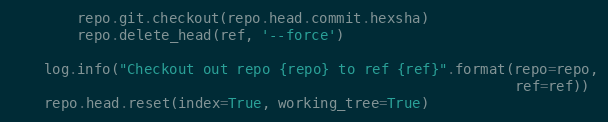
Language: Python
        repo.git.checkout(repo.head.commit.hexsha)
        repo.delete_head(ref, '--force')

    log.info("Checkout out repo {repo} to ref {ref}".format(repo=repo,
                                                            ref=ref))
    repo.head.reset(index=True, working_tree=True)